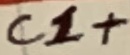
Text: C1+